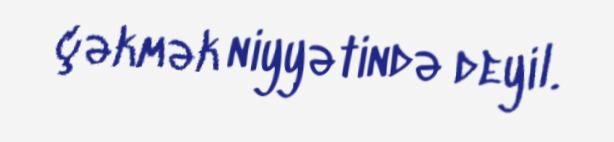
çəkmək niyyətində deyil.